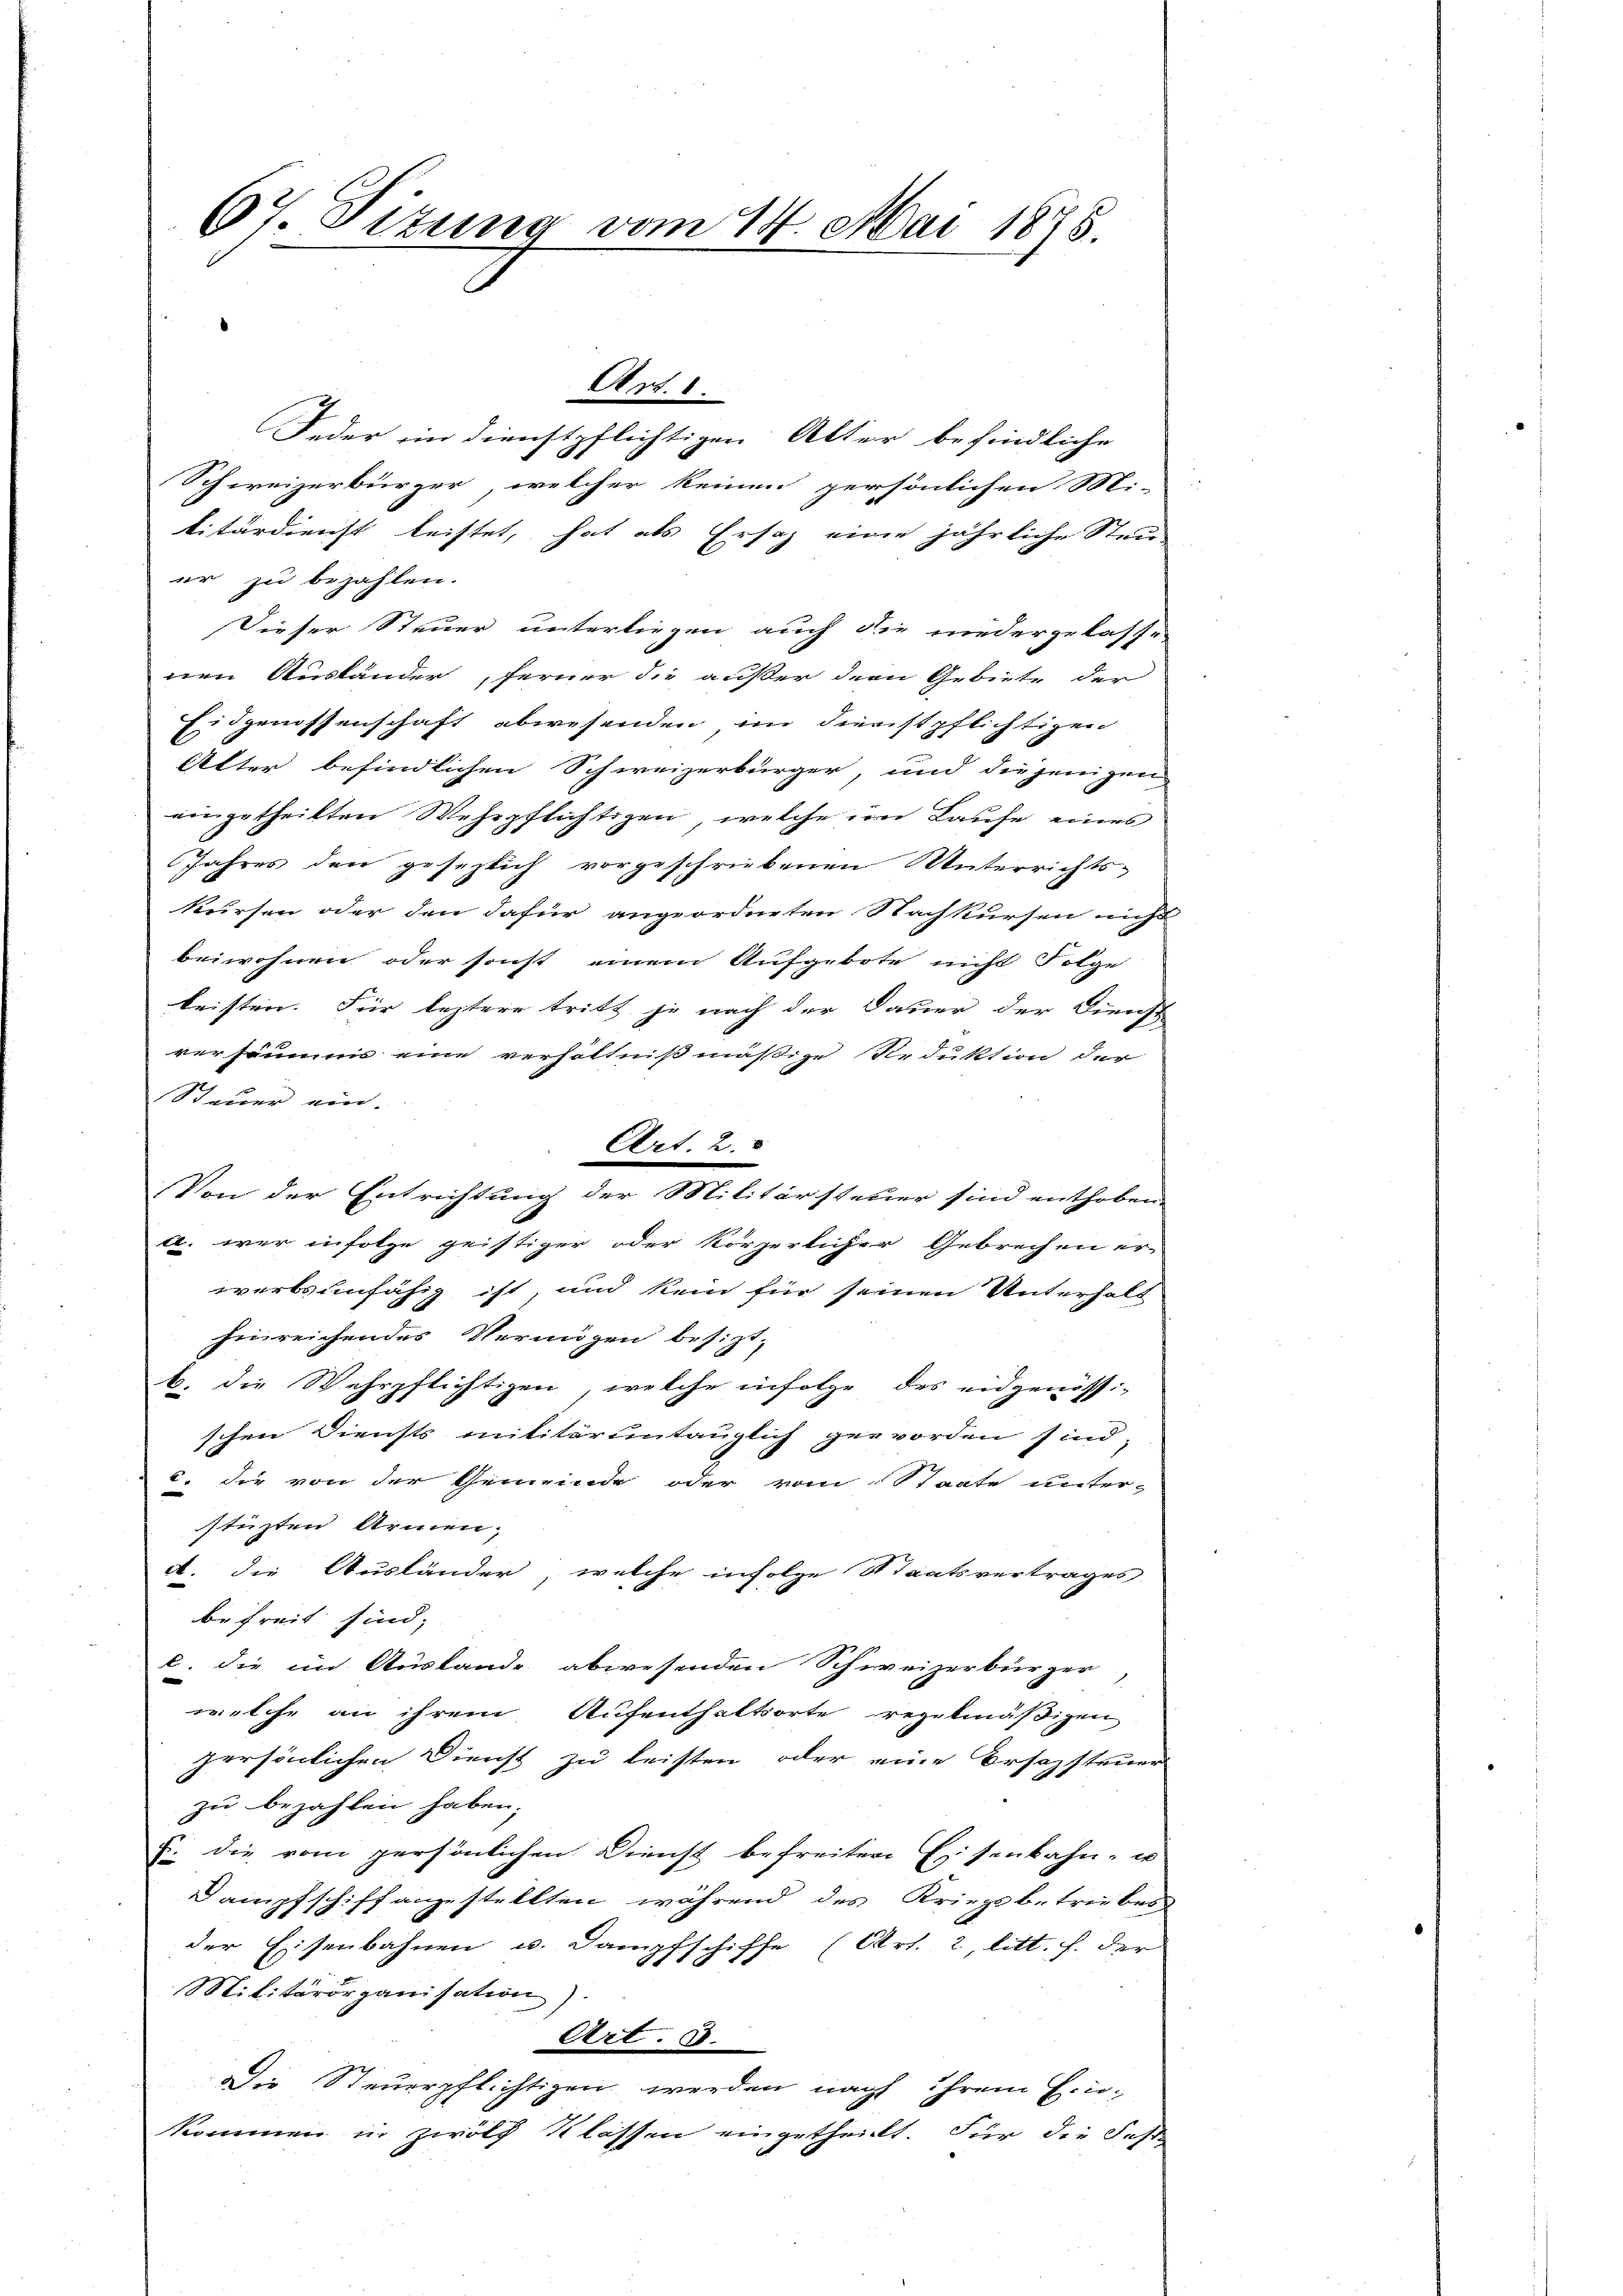
67. Sizung vom 14. Mai 1875.

Feder in dienstpflichtigen Alter befindliche
Schweizerbürger, welcher keinen persönlichen Mi-
kitärdienst leistet, hat als Ersatz eine jährliche Strei
er zu bezahlen.
Dieser Steuer unterliegen auch die niedergelasse-
nen Auständer, ferner die außer dem Gebiete der
Eidgenossenschaft abwesenden im Dienstpflichtigen
Alter befindlichen Schweizerbürger, und diejenigen
vingetheilten Wehrpflichtigen, welche im Laufe eines
Jahres den gesezlich vorgeschriebenen Unterrichts-
kursen oder den dafür angeordneten Nachkursen nicht
beiwohnen oder sonst einem Aufgebote nicht Folge
leisten. Für leztere tritt je nach der Dauer der Dienst
versäums eine verhältnißmäßige Reduktion der
Steuer ein. |
Art. 2
Von der Entrichtung der Militärsteuer sind enthoben.
c. wer infolge geistiger oder körperlicher Gebrechen er-
werbsunfähig ist, und kein für seinen Unterhalt
hinreichendes Vermögen besizt-
b. die Wehrpflichtigen, welche infolge des eidgenössi-
schen Diensts militärentauglich geworden sind,
c. die von der Gemeinde oder vom Staate unter-
stüzten Armen.
A. die Ausländer, welche infolge Staatsvertrages
befreit sind;
l. die im Auslande abwesenden Schweizerbürger,
welche an ihrem Aufenthaltsorte regelmäßigen
persönlichen Dienst zu leisten oder eine Ersezsteuer
zu bezahlen haben.
E. die vom persönlichen Dienst befreiten Eisenbahn- u
Dampfschiffaggestellten während des Kriegsbetriebes
der Eisenbahnen u. Dampfschiffe (Art. 2, litt. f. der
Militärorganisation).
Art. 3.
Die Steuerpflichtigen werden nacht ihrem Einkommen in zwölf Klassen eingetheilt. Für die Fest¬

Art. 1.